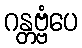
ဂန္တဗ္ဗံပေ